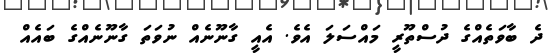
ދެ ބާވަތެއްގެ ދުސްތޫރީ މައްސަލަ އެވެ. އެއީ ގާނޫނެއް ނުވަތަ ގާނޫނެއްގެ ބައެއް